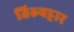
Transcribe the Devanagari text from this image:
तिरुवट्टार